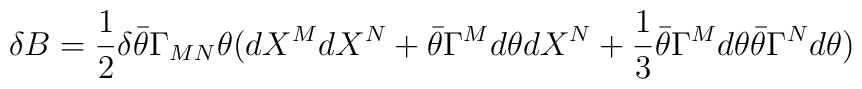
\delta B =  {1\over 2} \delta \bar\theta \Gamma_{MN} \theta (dX^M dX^N +\bar\theta \Gamma^M d\theta d X^N + {1\over 3} \bar\theta \Gamma^M d \theta\bar\theta \Gamma^N d\theta)